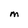
Character: M